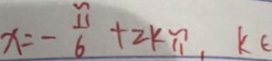
x = - \frac { \pi } { 6 } + 2 k \pi , k \in